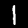
Label: 1